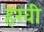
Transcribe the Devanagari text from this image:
हरवी